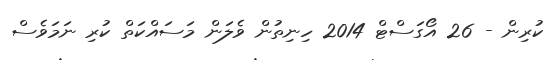
ކުރިން - 26 އޯގަސްޓް 2014 ހިނިތުން ވެލަން މަސައްކަތް ކުރި ނަމަވެސް